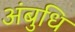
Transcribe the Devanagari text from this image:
अंबुधि